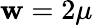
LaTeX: \mathbf{w}=2\mu